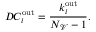
D C _ { i } ^ { \mathrm { o u t } } = \frac { k _ { i } ^ { \mathrm { o u t } } } { N _ { \mathscr { V } } - 1 } .